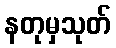
နတုမှသုတ်